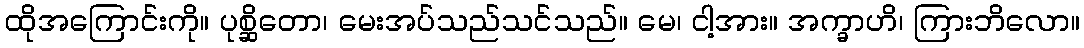
ထိုအကြောင်းကို။ ပုစ္ဆိတော၊ မေးအပ်သည်သင်သည်။ မေ၊ ငါ့အား။ အက္ခာဟိ၊ ကြားဘိလော။